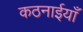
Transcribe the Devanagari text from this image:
कठनाईयाँ